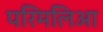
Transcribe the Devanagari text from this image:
परिमलिआ